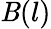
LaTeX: \mathit{B}(l)